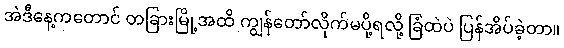
အဲဒီနေ့ကတောင် တခြားမြို့အထိ ကျွန်တော်လိုက်မပို့ရလို့ ခြံထဲပဲ ပြန်အိပ်ခဲ့တာ။